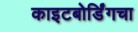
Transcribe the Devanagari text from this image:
काइटबोर्डिंगचा